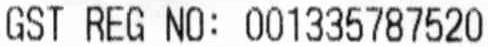
GST REG NO: 001335787520